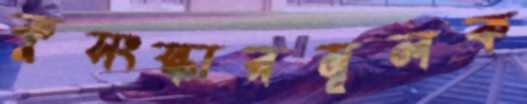
কুসংস্কারমূলক